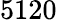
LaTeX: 5120